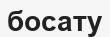
босату